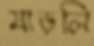
মাড়লি